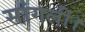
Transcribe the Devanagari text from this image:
सांगली।